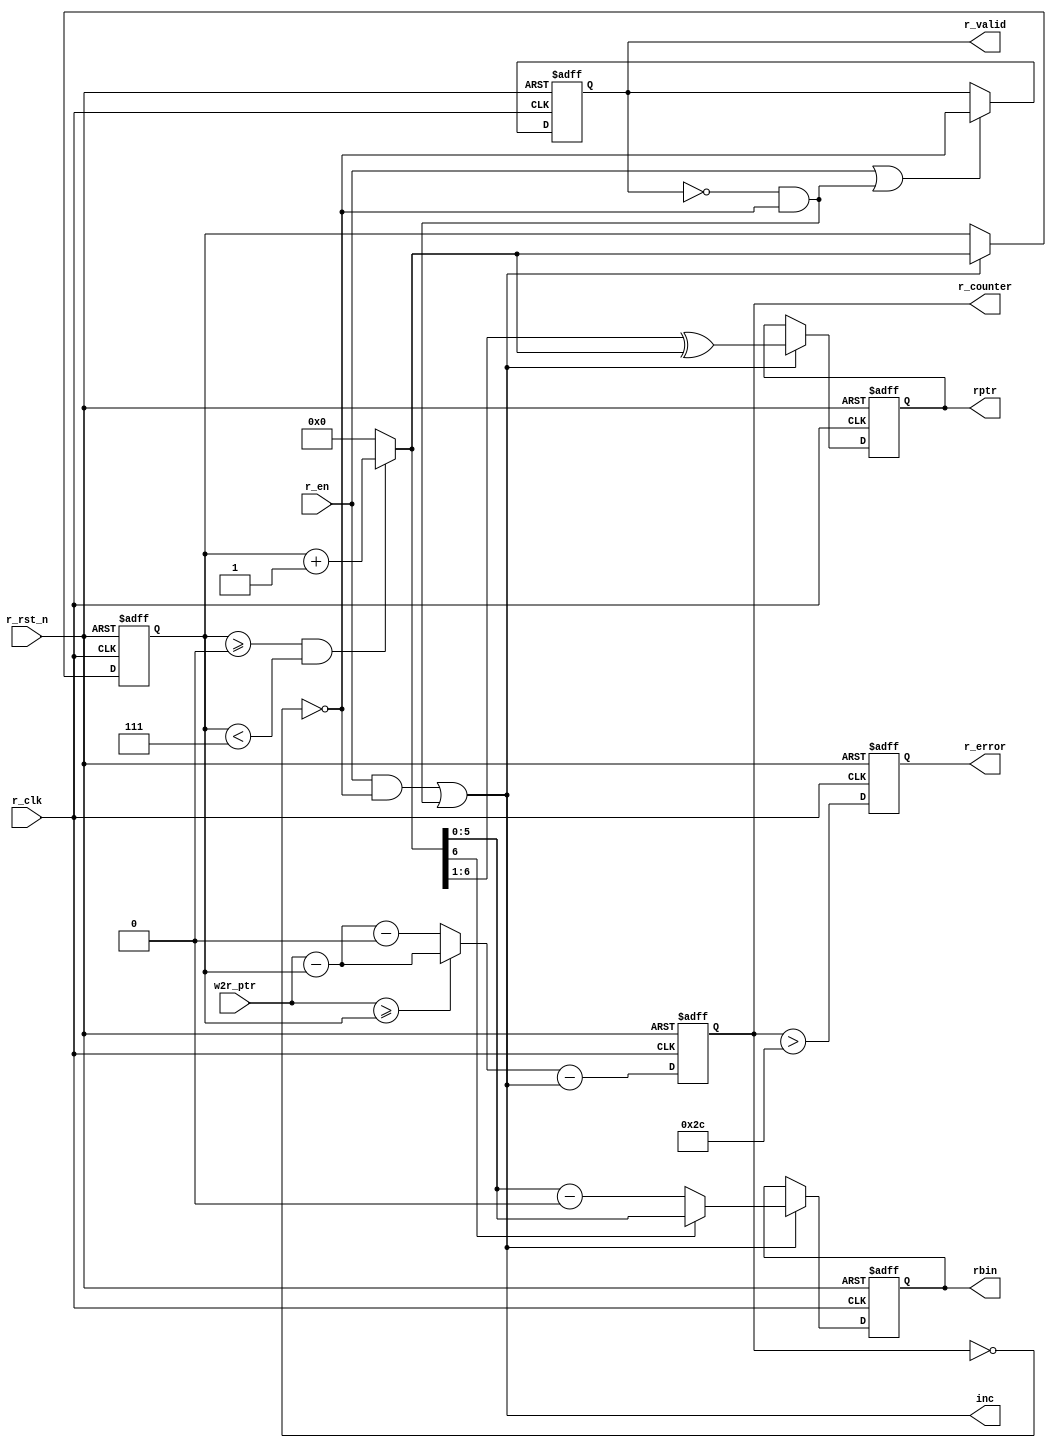
module stream_asyn_fifo_read #(
    parameter                  FWFTEN    = 1,  
    parameter                  ADDRWIDTH = 6,
    parameter   [ADDRWIDTH:0]  FIFODEPTH = 44,
    parameter   [ADDRWIDTH:0]  MINBIN2   = 0,
    parameter   [ADDRWIDTH:0]  MAXBIN2   = 7
) (
    input  wire                    r_clk    ,
    input  wire                    r_rst_n  ,
    input  wire                    r_en     ,
    input  wire [ADDRWIDTH:0]      w2r_ptr  ,
    output reg  [ADDRWIDTH-1:0]    rbin     ,
    output reg  [ADDRWIDTH:0]      rptr     ,
    output                         inc      ,
    output reg                     r_valid  ,
    output reg  [ADDRWIDTH:0]      r_counter,
    output reg                     r_error
);
wire    zero = (r_counter == {(ADDRWIDTH+1){1'b0}} );
wire    fwft = FWFTEN ? (!r_valid && !zero) : 1'b0;
assign  inc  = (r_en && !zero) || fwft;
reg  [ADDRWIDTH:0]  rbin2;
wire [ADDRWIDTH:0]  rbnext  = (rbin2>=MINBIN2 && rbin2<MAXBIN2) ?
                              (rbin2 + 1'b1) : MINBIN2;
always @(posedge r_clk or negedge r_rst_n)
    if (!r_rst_n)
        rbin2 <= MINBIN2;
    else if (inc)
        rbin2 <= rbnext;
always @(posedge r_clk or negedge r_rst_n)
    if (!r_rst_n)
        rbin <= {ADDRWIDTH{1'b0}};
    else if (inc)
        rbin <= rbnext[ADDRWIDTH] ? rbnext[ADDRWIDTH-1:0] :
                    (rbnext[ADDRWIDTH-1:0] - MINBIN2[ADDRWIDTH-1:0]);
wire [ADDRWIDTH:0]  rptr_gray = {1'b0,rbnext[ADDRWIDTH:1]} ^ rbnext;
always @(posedge r_clk or negedge r_rst_n)
    if (!r_rst_n)
        rptr <= (MINBIN2>>1) ^ MINBIN2;
    else if (inc)
        rptr <= rptr_gray;
wire [ADDRWIDTH:0]  w2r_bin = w2r_ptr;
wire [ADDRWIDTH:0] distance = ( (w2r_bin >= rbin2) ?
                                (w2r_bin  - rbin2) :
                                (w2r_bin  - rbin2 - (MINBIN2<<1) )
                              ) - inc;
always @(posedge r_clk or negedge r_rst_n)
    if (!r_rst_n)
        r_counter <= {(ADDRWIDTH+1){1'b0}};
    else
        r_counter <= distance;
always @(posedge r_clk or negedge r_rst_n)
    if (!r_rst_n)
        r_valid <= 1'b0;
    else if (r_en || fwft)
        r_valid <= !zero;
always @(posedge r_clk or negedge r_rst_n)
    if (!r_rst_n)
        r_error <= 1'b0;
    else
        r_error <= (r_counter > FIFODEPTH);
endmodule